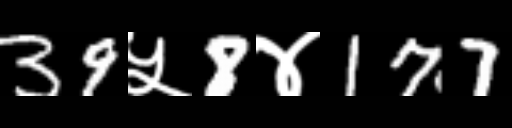
Text: 39५8४177